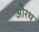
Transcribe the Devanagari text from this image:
औरथ